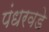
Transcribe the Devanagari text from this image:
पंधरवडे